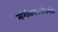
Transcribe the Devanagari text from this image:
संगीतकारांसमोर